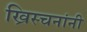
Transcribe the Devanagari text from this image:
ख्रिस्चनांनी